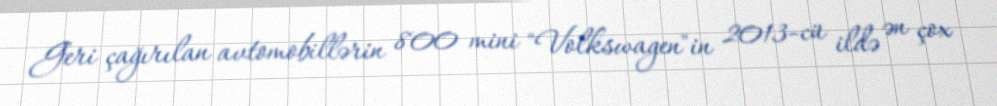
Geri çağırılan avtomobillərin 800 mini "Volkswagen"in 2013-cü ildə ən çox